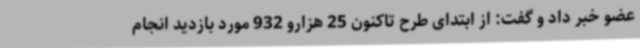
عضو خبر داد و گفت: از ابتدای طرح تاکنون 25 هزارو 932 مورد بازدید انجام